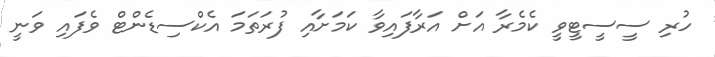
ހުރި ސީސީޓީވީ ކެމެރާ އަށް އަރާފައިވާ ކަމަށާއި ފުރަތަމަ އެކްސިޑެންޓް ވެފައި ވަނީ